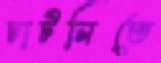
চাটনিতে